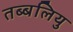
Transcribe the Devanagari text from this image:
तब्बलियु